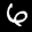
Label: 6